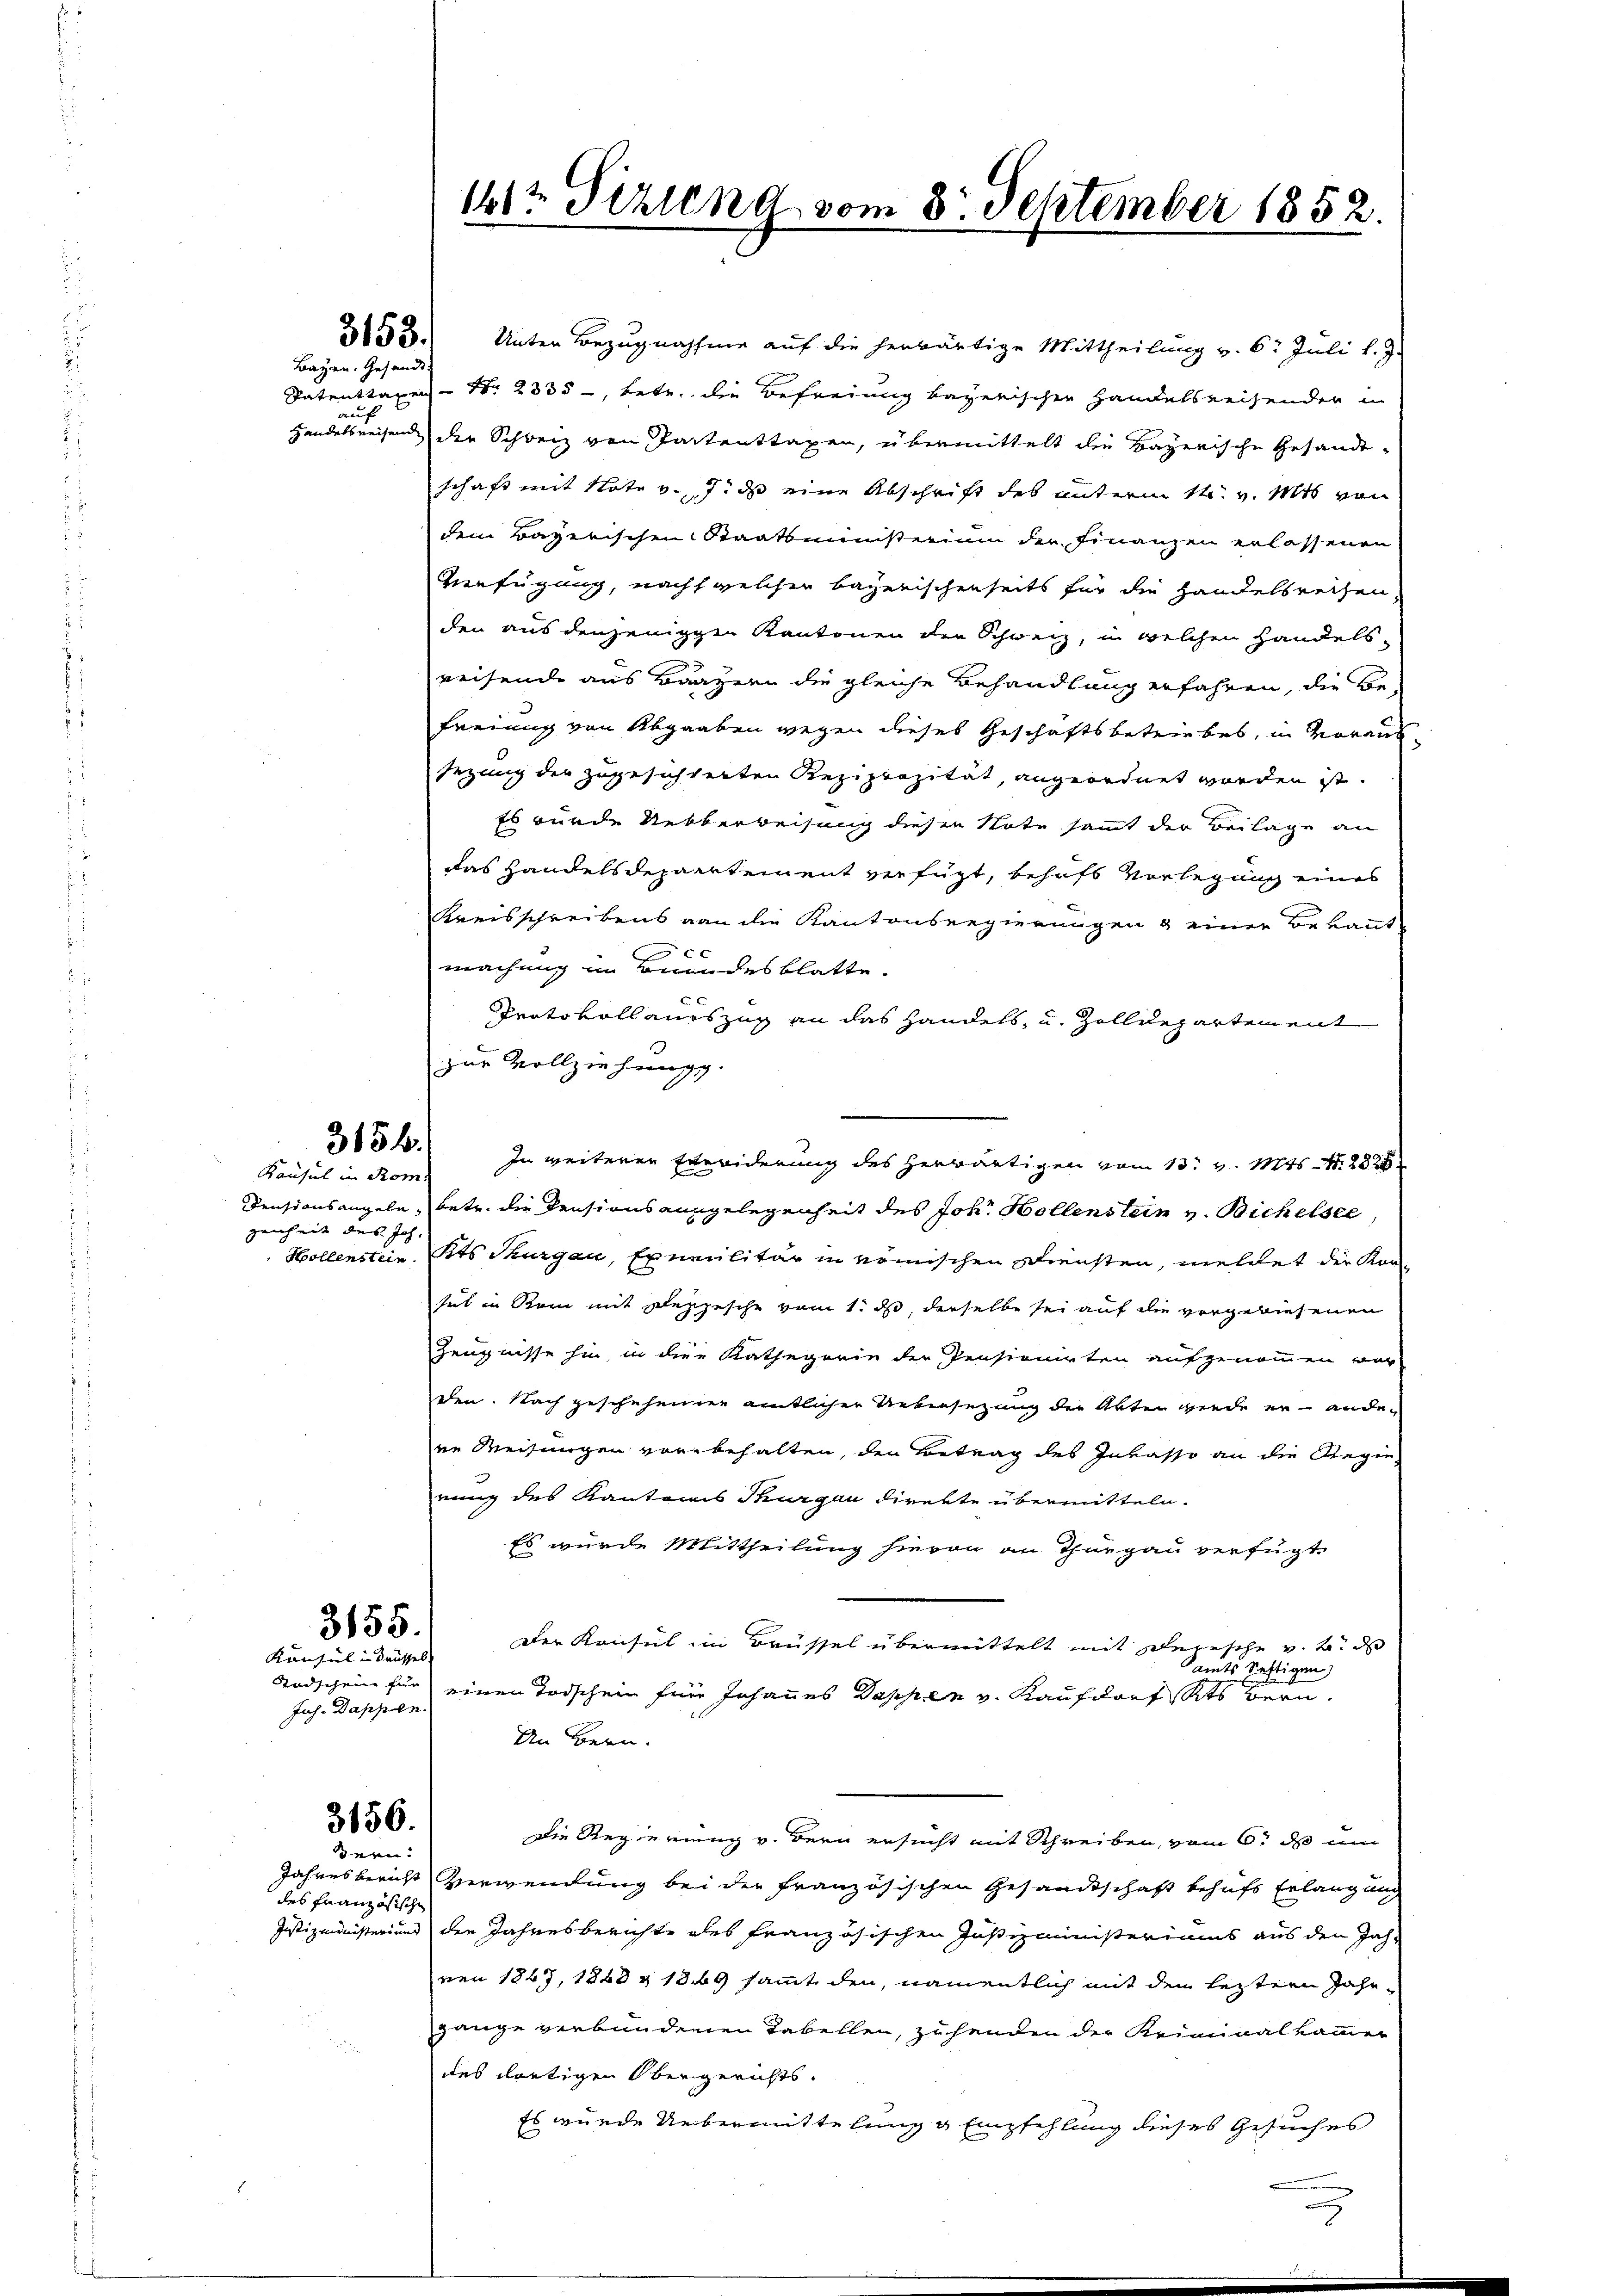
Bayen. Gesandt

auf

3156.

Konsul in Rom.
genheit des Joh.

353.) Unter Bezugnahme auf die herwärtige Mittheilung v. 6. Juli l. J.
Patenttaxen - Nr. 2835, betr. die Befreiung bayerischen Handelsreisender in
Handelsreisen der Schweiz von Partenttaxen, übermittelt die Bayerische Gesandtschaft mit Note v. 7. ds eine Abschrift des unterm 14. v. Mts von
dem Bayerischen Staatsministerium der Finanzen erlassenen
Verfügung, nach welcher bayerischenseits für die Handelsrechen,
den aus denjenigen Kantonen der Schweiz, in welchen Handelsreisende aus Bauzern die gleiche Behandlung erfahren, die Be-
Freiung von Abgaaben wegen dieses Geschäftsbetriebes, in Voraussezung der zugesichterten Reziprozität, angeordnet worden ist.
Es wurde Ueberweisung diesen Note sammt der Beilage an
das Handelsdepartement verfügt, behufs Vorlegung eines
Kreisschreibens von die Kantonsregierungen & einer Bekannt
machung im Brundesblatte.
Prato vollauszug an das Handels, u. Zolldepartement
zur Vollziehung.
In weiterer Erwiderung des herwärtigen vom 13. v. Mts. S. 282
Densionsangeln, betr. die Pensionsausgelegenheit des Joh. Hollenstein v. Bichelsee
Hollenstein, Kts. Thurgen, Exnilitär in römischen Diensten, meldet der Konhut in Rom mit Depesche vom 1. ds, derselbe sei auf die vorgewiesenen
Zeugnisse hin, in die Kathegorie der Pensionirten aufgenommen vor
den. Nach geschehenen amtlicher Uebersetzung der Akten werde er andeen Weisungen vorbehalten, den Betrag des Inkasso an die Regie-
rung des Kantons Thurgau direkte übermitteln.
Es wurde Mittheilung hievon an Thurgau verfügt,
Der Konsul in Brüssel übermittelt mit Depesche v. h. d
amts haftigen
Todschein für einen Todschein für Johannes Dappen v. Kaufdorf Kts Bern.
An Bern.
Die Regierung v. Bern ersucht mit Schreiben, vom 6. d um
Jahresbericht verwendung bei der französischen Gesandtschaft behufs Erlangung
Justizministerium den Jahresberichte des französischen Justizministeriums aus den Jahnen 1867, 1848 & 1869 sammt den, namentlich mit dem leztern Jahr-
gange verbundenen Tabellen, zehenden der Kriminalkammer
des dortigen Obergerichts.
Es wurde Uebermittelung & Empfehlung dieses Gesuches

3155.

Konsul in drüssel
Juch. Dassen.

3156.
ern:

des französische

1612 Sizung vom 8. September 1852.